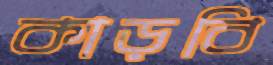
কাড়বি